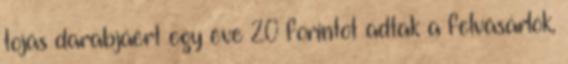
tojás darabjáért egy éve 20 forintot adtak a felvásárlók,